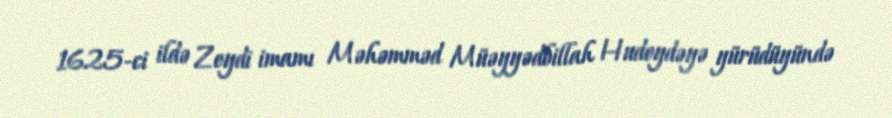
1625-ci ildə Zeydi imamı Məhəmməd Müəyyədbillah Hudeydəyə yürüdüyündə